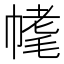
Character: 𣮳